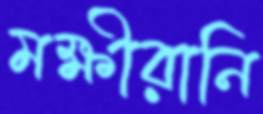
মক্ষীরানি